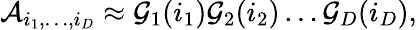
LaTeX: \mathcal{A}_{i_{1},\ldots,i_{D}}\approx\mathcal{G}_{1}(i_{1})\mathcal{G}_{2}(i_{2})\ldots\mathcal{G}_{D}(i_{D}),